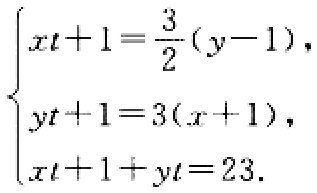
$\begin{cases}
xt + 1=\frac{3}{2}(y - 1),\\
yt + 1 = 3(x + 1),\\
xt + 1+yt = 23.
\end{cases}$